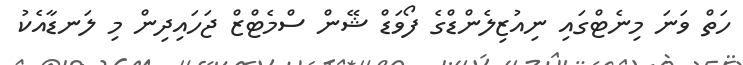
ހަތް ވަނަ މިނެޓްގައި ނިއުޒިލެންޑްގެ ފޯވަޑް ޝޭން ސްމެޓްޒް ޖަހައިދިން މި ލަނޑާއެކު